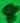
Text: 8